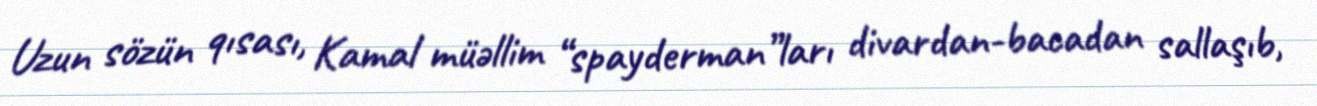
Uzun sözün qısası, Kamal müəllim “spayderman”ları divardan-bacadan sallaşıb,